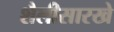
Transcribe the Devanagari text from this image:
शैलीसारखे